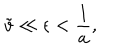
\tilde { v } \ll \epsilon < { \frac { 1 } { a } } ,